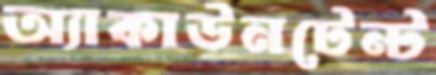
অ্যাকাউনটেন্ট